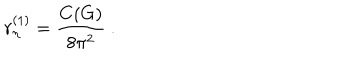
r _ { \eta } ^ { ( 1 ) } = \frac { C ( G ) } { 8 \pi ^ { 2 } } \ .